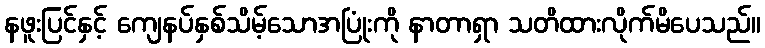
နဖူးပြင်နှင့် ကျေနပ်နှစ်သိမ့်သောအပြုံးကို နာတာရှာ သတိထားလိုက်မိပေသည်။